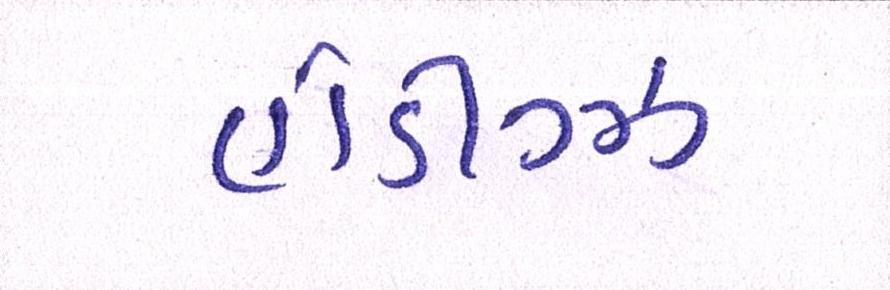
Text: હોડીગ્ઝ